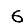
Digit: 6